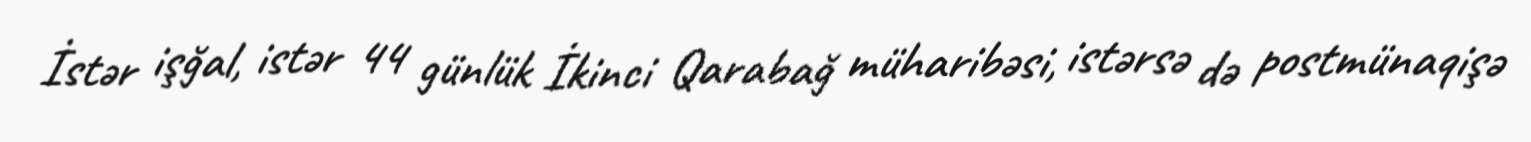
İstər işğal, istər 44 günlük İkinci Qarabağ müharibəsi, istərsə də postmünaqişə